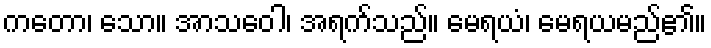
ကတော၊ သော။ အာသဝေါ၊ အရက်သည်။ မေရယံ၊ မေရယမည်၏။